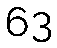
63